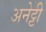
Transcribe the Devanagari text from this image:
अनेट्टी